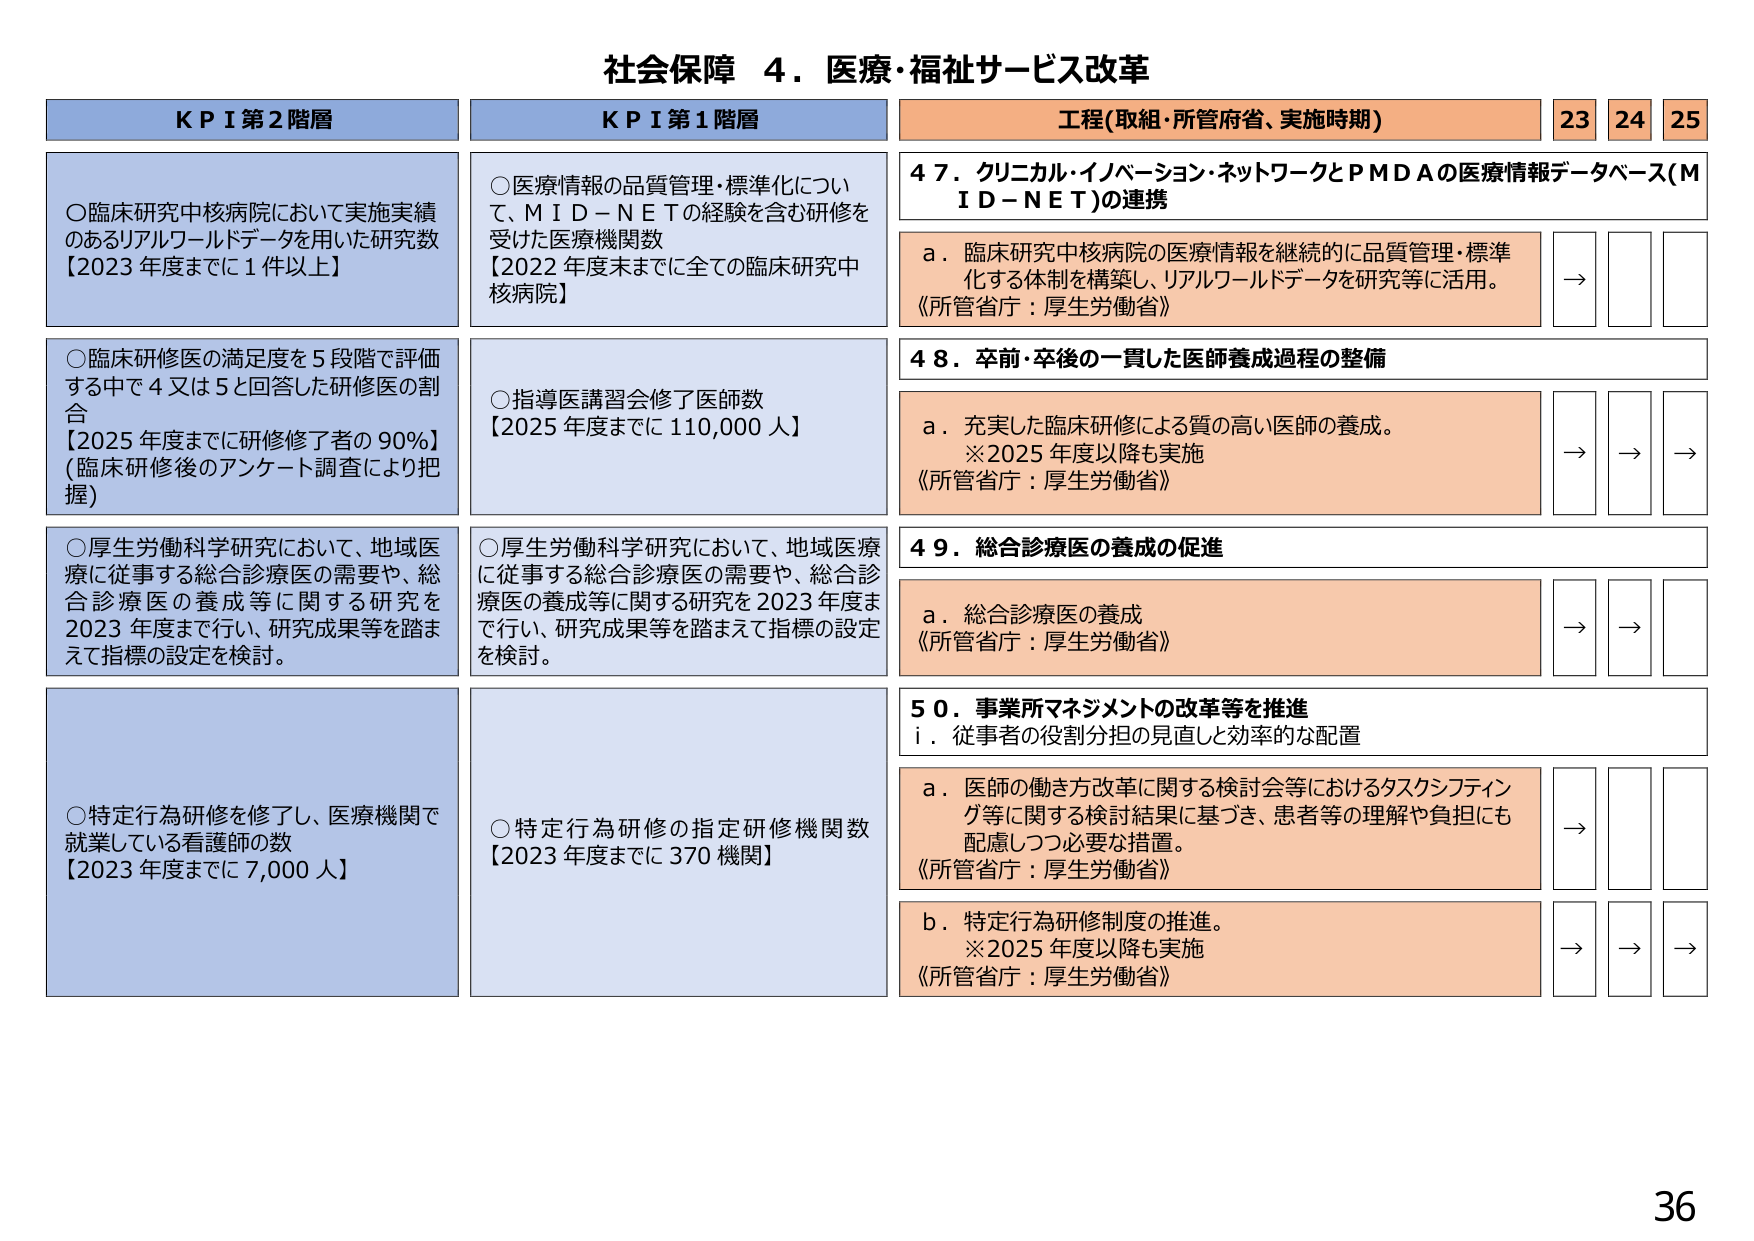
社会保障 ４．医療・福祉サービス改革

KPI 第2階層
○臨床研究中核病院において実施実績のあるリアルワールドデータを用いた研究数
【2023年度までに1件以上】
○臨床研修医の満足度を5段階で評価する中で4又は5と回答した研修医の割合
【2025年度までに研修修了者の90%】
（臨床研修後のアンケート調査により把握）
○厚生労働科学研究において、地域医療に従事する総合診療医の需要や、総合診療医の養成等に関する研究を2023年度までに行い、研究成果等を踏まえて指標の設定を検討。
○特定行為研修を修了し、医療機関で就業している看護師の数
【2023年度までに7,000人】

KPI 第1階層
○医療情報の品質管理・標準化について、MID-NETの経験を含む研修を受けた医療機関数
【2022年度末までに全ての臨床研究中核病院】
○指導医講習会修了医師数
【2025年度までに110,000人】
○厚生労働科学研究において、地域医療に従事する総合診療医の需要や、総合診療医の養成等に関する研究を2023年度までに行い、研究成果等を踏まえて指標の設定を検討。
○特定行為研修の指定研修機関数
【2023年度までに370機関】

工程(取組・所管府省、実施時期)
23 24 25

47．クリニカル・イノベーション・ネットワークとPMDAの医療情報データベース(MID-NET)の連携
a．臨床研究中核病院の医療情報を継続的に品質管理・標準化する体制を構築し、リアルワールドデータを研究等に活用。
《所管省庁：厚生労働省》
→ → →

48．卒前・卒後の一貫した医師養成過程の整備
a．充実した臨床研修による質の高い医師の養成。
※2025年度以降も実施
《所管省庁：厚生労働省》
→ → →

49．総合診療医の養成の促進
a．総合診療医の養成
《所管省庁：厚生労働省》
→ → →

50．事業所マネジメントの改革等を推進
i．従事者の役割分担の見直しと効率的な配置
a．医師の働き方改革に関する検討会等におけるタスクシフティング等に関する検討結果に基づき、患者等の理解や負担にも配慮しつつ必要な措置。
《所管省庁：厚生労働省》
→ → →
b．特定行為研修制度の推進。
※2025年度以降も実施
《所管省庁：厚生労働省》
→ → →

36